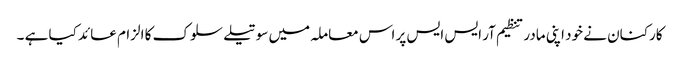
کارکنان نے خود اپنی مادر تنظیم آر ایس ایس پر اس معاملہ میں سوتیلے سلوک کا الزام عائد کیا ہے ۔